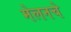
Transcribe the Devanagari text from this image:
मेलनचे